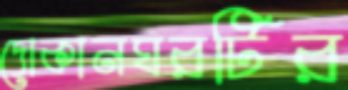
দোকানঘরটির